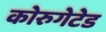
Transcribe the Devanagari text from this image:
कोरुगेटेड